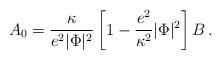
LaTeX: \begin{align*}A_0 = {\kappa \over e^2 |\Phi|^2} \left[ 1 - {e^2 \over \kappa^2}|\Phi|^2\right] B \, .\end{align*}